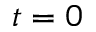
t = 0